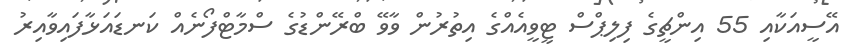
އޭސީއަކާއި 55 އިންޗީގެ ފިލިޕްސް ޓީވީއެއްގެ އިތުރުން ވާވޭ ބްރޭންޑުގެ ސްމާޓްފޯނެއް ކަނޑައަޅާފައިވާއިރު